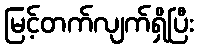
မြင့်တက်လျက်ရှိပြီး